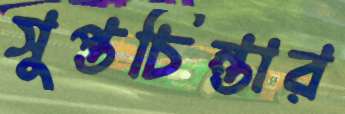
সুপ্তচিন্তার